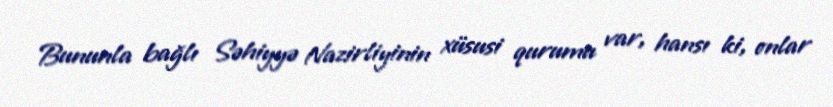
Bununla bağlı Səhiyyə Nazirliyinin xüsusi qurumu var, hansı ki, onlar